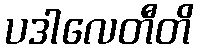
ပဒါလေတီတိ